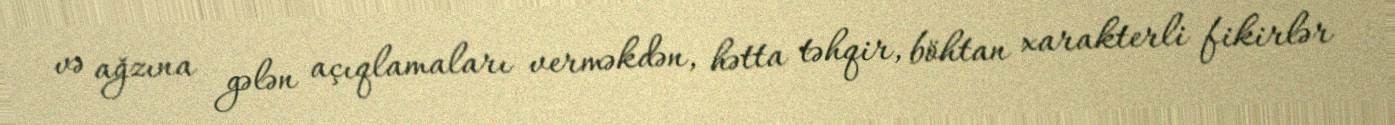
və ağzına gələn açıqlamaları verməkdən, hətta təhqir, böhtan xarakterli fikirlər